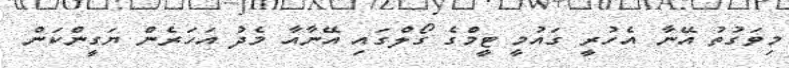
މިވަގުތު އޭނާ އެހުރީ ގައުމީ ޓީމްގެ ގޯލްގައި އޭނާއާ މެދު އަހަރެން ޔަގީންކަން